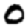
Digit: 0